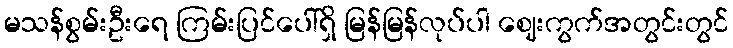
မသန်စွမ်းဦးရေ ကြမ်းပြင်ပေါ်ရှိ မြန်မြန်လုပ်ပါ ဈေးကွက်အတွင်းတွင်